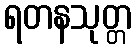
ရတနသုတ္တ